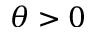
\theta > 0